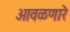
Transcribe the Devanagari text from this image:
आवळणारे